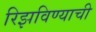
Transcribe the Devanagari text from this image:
रिझविण्याची